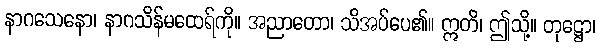
နာဂသေနော၊ နာဂသိန်မထေရ်ကို။ အညာတော၊ သိအပ်ပေ၏။ ဣတိ၊ ဤသို့။ တုဋ္ဌော၊